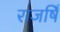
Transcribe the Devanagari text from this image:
राजषिँ